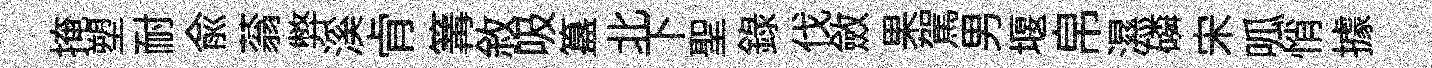
掩塑耐兪蓊弊溪肻篝敘吸簋北下聖録伐斂果駕男堰帛濕磷宋呱悄據